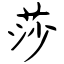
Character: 莎